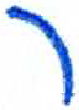
אות: ר